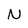
Character: N